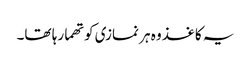
یہ کاغذ وہ ہر نمازی کو تھما رہا تھا۔